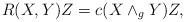
LaTeX: \begin{align*}R(X,Y)Z=c(X\wedge_g Y)Z,\end{align*}